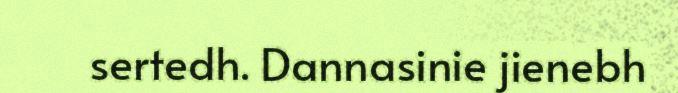
sertedh. Dannasinie jienebh